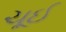
ચૂઈ